Lunatic asylums Central Provinces reports 1886-1894 - 1886-1894
Year: 1886
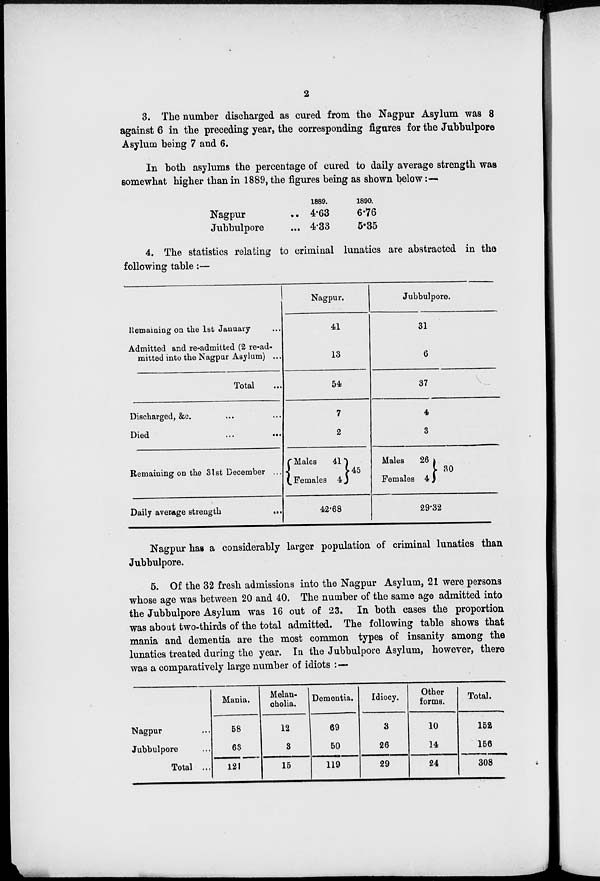
2
3. The number discharged as cured from the Nagpur Asylum was 8
against 6 in the preceding year, the corresponding figures for the Jubbulpore
Asylum being 7 and 6.
In both asylums the percentage of cured to daily average strength was
somewhat higher than in 1889, the figures being as shown below:—
Nagpur ..
Jubbulpore
...
1889.
4.63
4.33
1890.
6.76
5.35
4. The statistics relating to criminal lunatics are abstracted in the
following table:—
Remaining on the 1st January ...
Admitted and re-admitted (2 re-ad-
mitted into the Nagpur Asylum) ...
Total
Discharged, &c. ... ...
Died
...
...
Remaining on the 31st December ...
Daily average strength
...
Nagpur.
41
13
54
7
2
Males
41
Females 4
45
42.68
Jubbulpore.
31
6
37
4
3
Males
26
Females 4
30
29.32
Nagpur has a considerably larger population of criminal lunatics than
Jubbulpore.
5. Of the 32 fresh admissions into the Nagpur Asylum, 21 were persons
whose age was between 20 and 40. The number of the same age admitted into
the Jubbulpore Asylum was 16 out of 23. In both cases the proportion
was about two-thirds of the total admitted. The following table shows that
mania and dementia are the most common types of insanity among the
lunatics treated during the year. In the Jubbulpore Asylum, however, there
was a comparatively large number of idiots :—
Nagpur ...
Jubbulpore ...
Total ...
Mania.
58
63
121
Melan-
cholia.
12
3
15
Dementia.
69
50
119
Idiocy.
3
26
29
Other
forms.
10
14
24
Total.
152
156
308